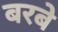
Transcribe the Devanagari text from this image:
बरबे